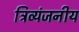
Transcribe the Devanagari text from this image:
त्रिव्यंजनीय